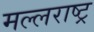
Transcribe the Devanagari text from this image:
मल्लराष्ट्र